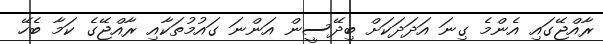
ރާއްޖޭގައި އެންމެ ގިނަ އަދަދަކަށް ބިދޭސީން އަންނަ ގައުމުތަކާއި ރާއްޖޭގެ ކަމާ ބެހޭ